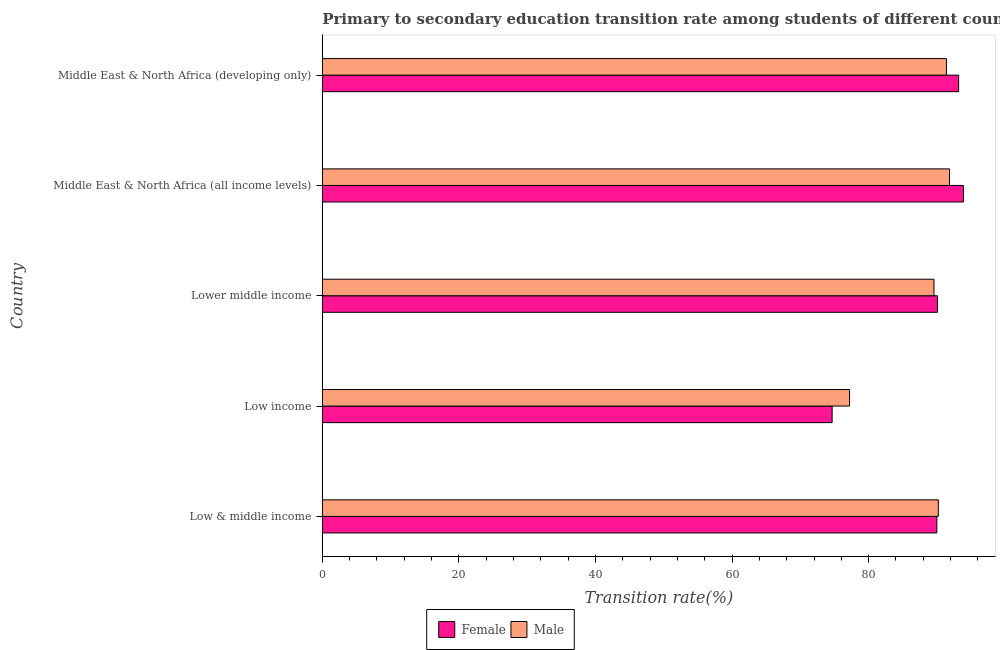
| Country | Female | Male |
 | --- | --- | --- |
 | Low & middle income | 90 | 90.2 |
 | Low income | 74.7 | 77.2 |
 | Lower middle income | 90.1 | 89.6 |
 | Middle East & North Africa (all income levels) | 93.9 | 91.8 |
 | Middle East & North Africa (developing only) | 93.2 | 91.4 |